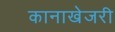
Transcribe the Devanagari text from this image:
कानाखेजरी